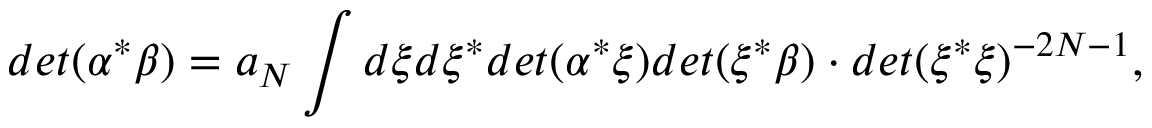
d e t ( \alpha ^ { * } \beta ) = a _ { N } \int d \xi d \xi ^ { * } d e t ( \alpha ^ { * } \xi ) d e t ( \xi ^ { * } \beta ) \cdot d e t ( \xi ^ { * } \xi ) ^ { - 2 N - 1 } ,